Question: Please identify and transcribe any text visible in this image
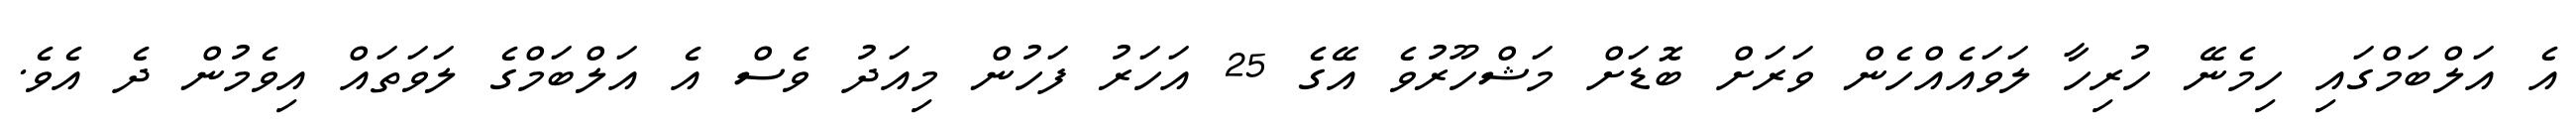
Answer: އެ އަލްބަމްގައި ހިމެނޭ ހުރިހާ ލަވައެއްހެން ވަރަށް ބޮޑަށް މަޝްހޫރުވެ އޭގެ 25 އަހަރު ފަހުން މިއަދު ވެސް އެ އަލްބަމްގެ ލަވަތައް އިވެމުން ދެ އެވެ.